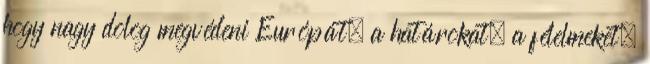
hogy nagy dolog megvédeni Európát, a határokat, a félelmeket,